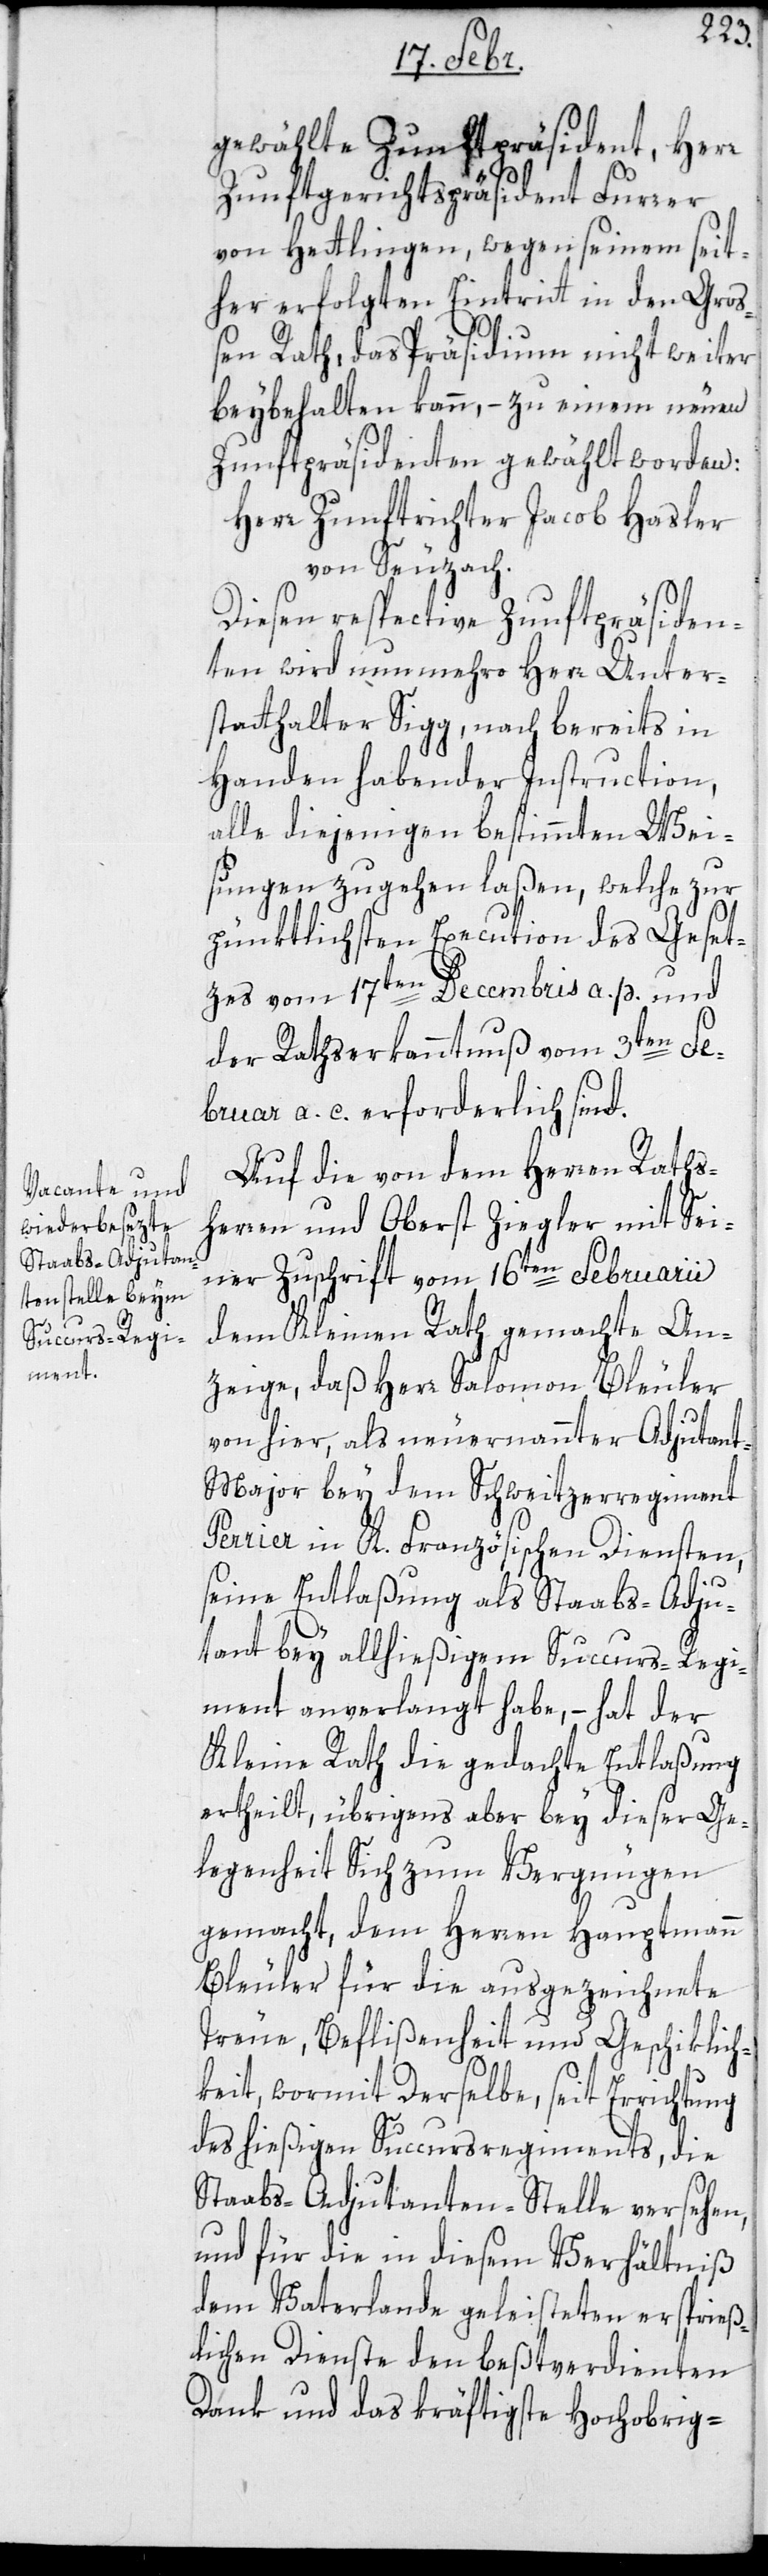
gewählte Zunftpräsident, Herr
Zunftgerichtspräsident Furrer
von Hettlingen, wegen seinem seit¬
her erfolgten Eintritt in den Gro¬
ßen Rat, das Präsidium nicht weiter
beybehalten kann, – zu einem neuen
Zunftpräsidenten gewählt worden:
Herr Zunftrichter Jacob Hasler
von Seuzach.
Diesen respective Zunftpräsiden¬
ten wird nunmehro Herr Unter¬
statthalter Sigg, nach bereits in
Handen habender Instruction,
alle diejenigen bestimmten Wei¬
sungen zugehen laßen, welche zur
pünktlichsten Execution des Geset¬
zes vom 17ten Decembris a. c. und
der Rathserkanntnuß vom 3ten Fe¬
bruar a. c. erforderlich sind.
Auf die von dem Herren Raths¬
herren und Oberst Ziegler mit Sei¬
ner Zuschrift vom 16ten Februarii
dem Kleinen Rath gemachte An¬
zeige, daß Herr Salomon Bleuler
von hier, als neuernannter Adjudan¬
t-Major bey dem Schweitzerregiment
Perrier in K. Französischen Diensten,
seine Entlaßung als Staabs-Adju¬
dant bey allhießigem Succurs-Regi¬
ment anverlangt habe, – hat der
Kleine Rath die gedachte Entlaßung
ertheilt, übrigens aber bey dieser Ge¬
legenheit sich zum Vergnügen
gemacht, dem Herren Hauptmann
Bleuler für die ausgezeichnete
Treue, Beflißenheit und Geschiklich¬
keit, wormit derselbe seit Errichtung
des hießigen Succursregiments, die
Stabs-Adjudantenstelle versehen,
und für die in diesem Verhältniß
dem Vaterlande geleisteten ersprieß¬
lichen Dienste den bestverdienten
Dank und das kräftigste hochobrig-